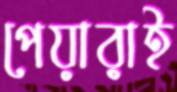
পেয়ারাই